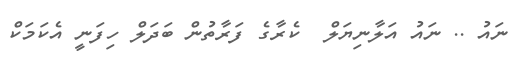
ނައު .. ނައު އަލާނިޔަލް  ކެރާގެ ފަރާތުން ބަދަލް ހިފަނީ އެކަމަކް